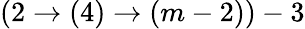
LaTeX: (2\rightarrow(4)\rightarrow(m-2))-3